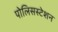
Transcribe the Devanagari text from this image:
पोलिसस्टेशन